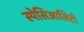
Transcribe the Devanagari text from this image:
स्पेसिआलिटी